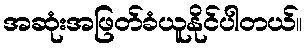
အဆုံးအဖြတ်ခံယူနိုင်ပါတယ်။